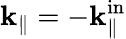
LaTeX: {\mathbf k}_{\parallel}=-{\mathbf k}_{\parallel}^{\mathrm{in}}